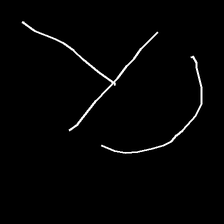
Glyph: dispersion